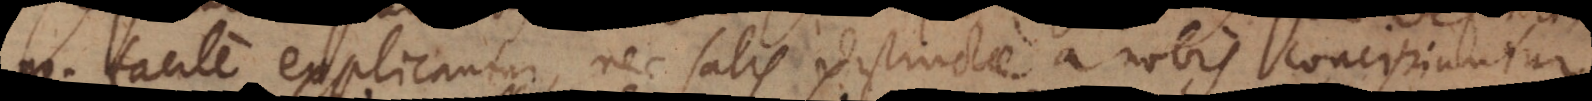
non facile explicantur, nec satis distincte a nobis concipiuntur